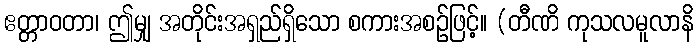
ဧတ္တာဝတာ၊ ဤမျှ အတိုင်းအရှည်ရှိသော စကားအစဉ်ဖြင့်။ (တီဏိ ကုသလမူလာနိ